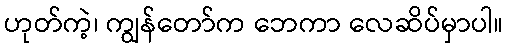
ဟုတ်ကဲ့၊ ကျွန်တော်က ဘေကာ လေဆိပ်မှာပါ။